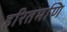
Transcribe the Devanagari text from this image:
हरितमणि